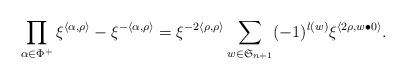
LaTeX: \begin{align*} \prod_{\alpha\in\Phi^+}\xi^{\langle\alpha,\rho\rangle}-\xi^{-\langle\alpha,\rho\rangle} = \xi^{-2\langle\rho,\rho\rangle}\sum_{w\in\mathfrak{S}_{n+1}}(-1)^{l(w)}\xi^{\langle 2\rho,w\bullet 0\rangle}.\end{align*}